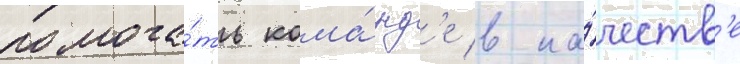
помога́ть кома́нд'е в ка́честв'е